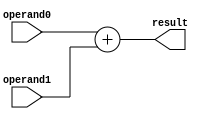
`timescale 10ns / 1ns

module adder (
	input  [7:0] operand0,
	input  [7:0] operand1,
	output [7:0] result
);

	/*TODO: Please add your logic design here*/
	assign result = operand0 + operand1;
	
endmodule